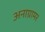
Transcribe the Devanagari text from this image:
अनाग्रामर